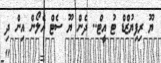
ޔޫ ރިފިޔުޒްޑް ޓު އީޓް.. ދެން ޔޫ ސެޓް އެލޯން އިން ދި